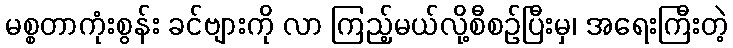
မစ္စတာကုံးစွန်း ခင်ဗျားကို လာ ကြည့်မယ်လို့စီစဉ်ပြီးမှ၊ အရေးကြီးတဲ့